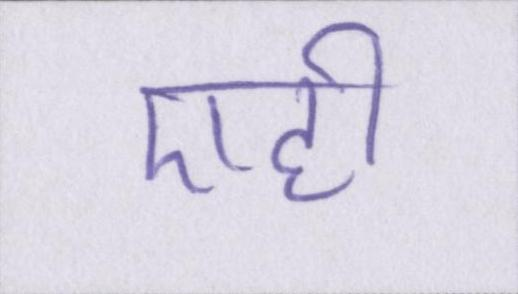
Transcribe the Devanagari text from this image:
एही